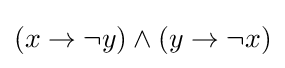
(x\rightarrow \neg y)\land (y\rightarrow \neg x)